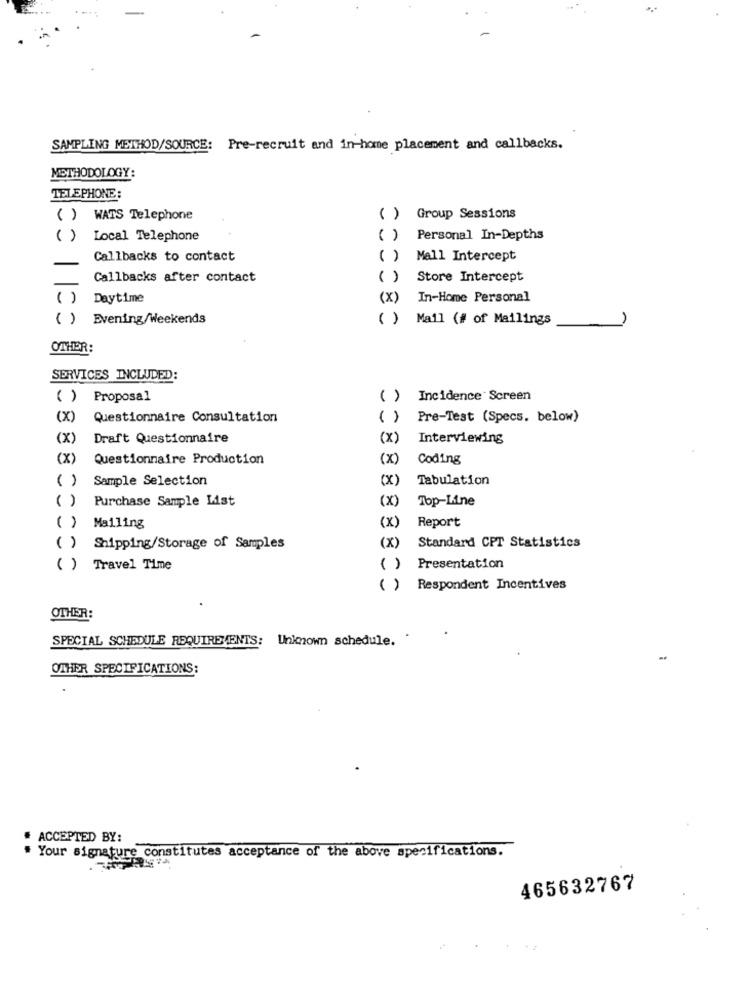
SAMPLING METHOD/SOURCE: Pre-recruit and in-home placement and callbacks.
METHODOLOGY:
TELEPHONE:
( ) WATS Telephone
( )
Group Sessions
( )
Local Telephone
( )
Personal In-Depths
Callbacks to contact
( )
Mall Intercept
Callbacks after contact
( )
Store Intercept
()
Daytime
(x)
In-Home Personal
( ) Evening/Weekends
( )
Mail (# of Mailings
OTHER:
SERVICES INCLUDED:
( ) Proposal
( )
Incidence Screen
(X)
Questionnaire Consultation
( )
Pre-Test (Specs. below)
(X)
Draft Questionnaire
(X)
Interviewing
(X)
Questionnaire Production
(x)
Coding
()
Sample Selection
(X)
Tabulation
( )
Purchase Sample List
(x)
Top-Line
(x)
Report
( ) Mailing
(x)
( ) Shipping/Storage of Samples
Standard CPT Statistics
( )
( ) Travel Time
Presentation
( )
Respondent Incentives
OTHER:
SPECIAL SCHEDULE REQUIREMENTS: Unknown schedule. .
OTHER SPECIFICATIONS:
ACCEPTED BY:
. Your signature constitutes acceptance of the above specifications.
465632767